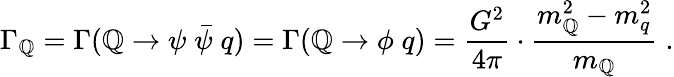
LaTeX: \Gamma_{\mathbb{Q}}=\Gamma(\mathbb{Q}\to\psi\; {\bar{{\psi}}}\; q)=\Gamma(\mathbb{Q}\to\phi\; q)=\frac{{G^{2}}}{{4\pi}}\cdot\frac{{m_{\mathbb{Q}}^{2}-m_{q}^{2}}}{{m_{\mathbb{Q}}}}\; .